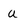
Character: U